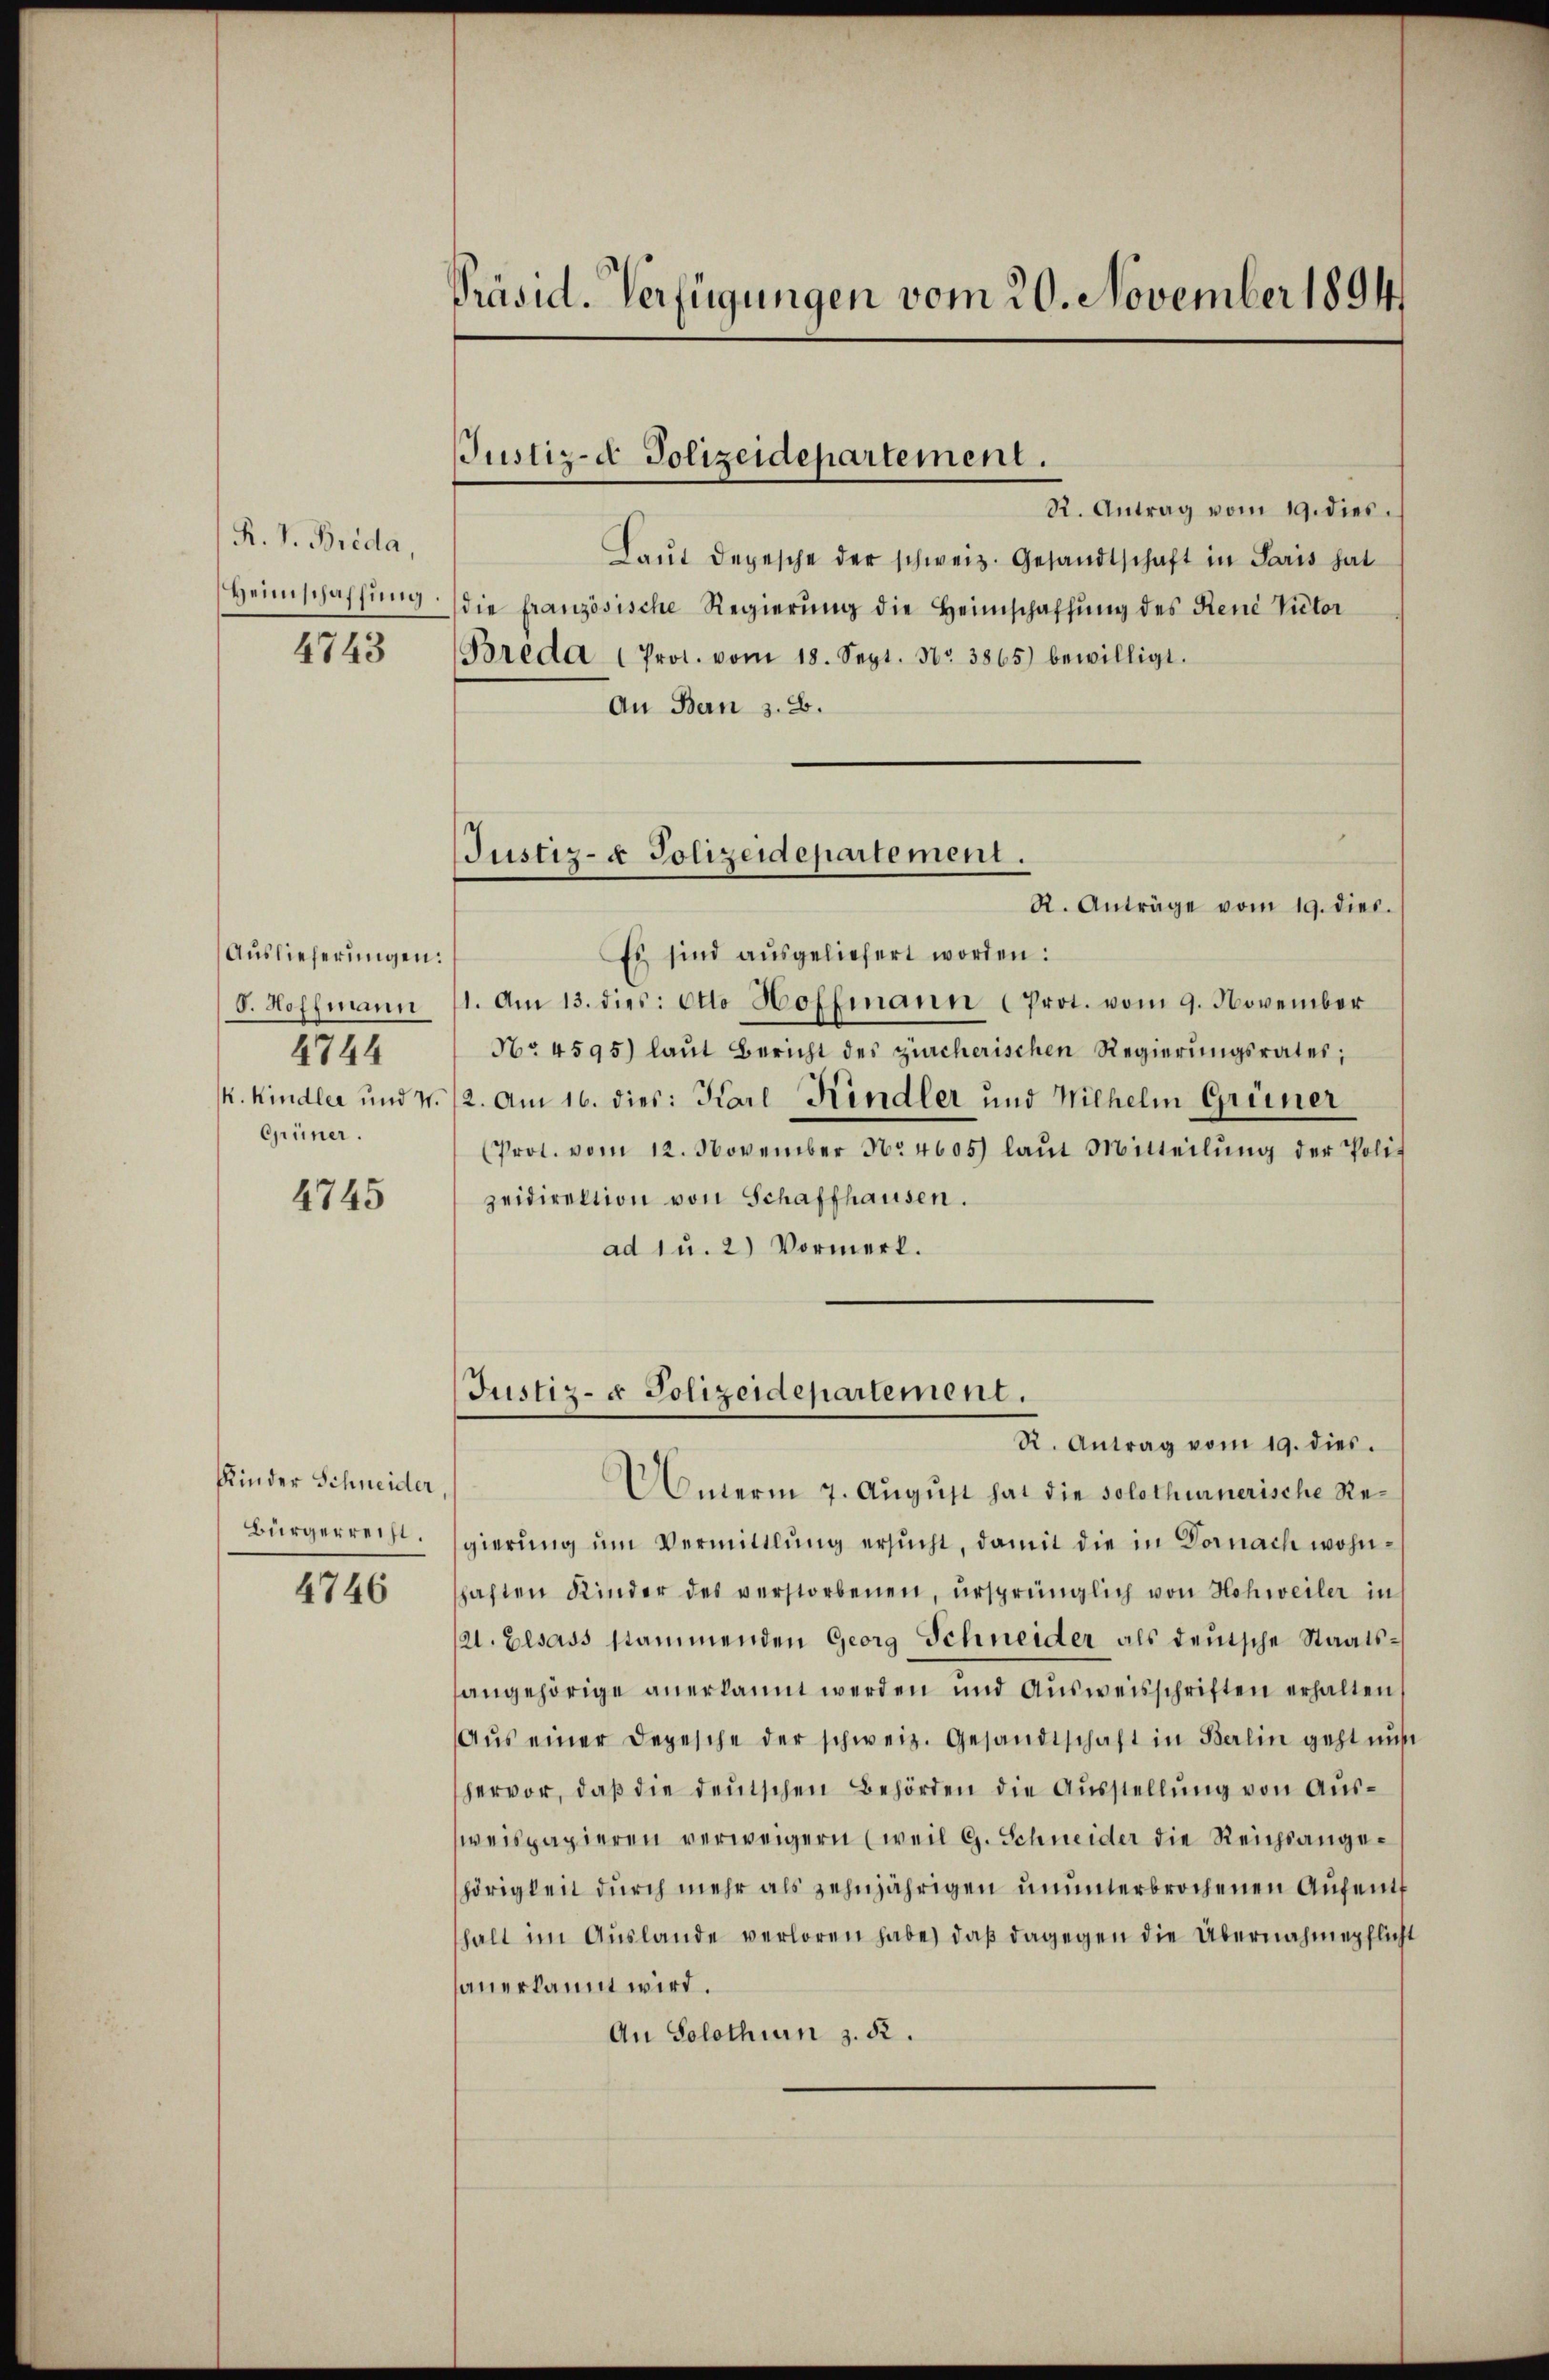
R. V. Brida,
Heimschaffung.

4743

Auslieferungen:
O. Hoffmann
4744
k. Kindler und 7.
Grümer.

4745

Kinder Schneider,
bürgerrecht.

4746

Präsid. Verfügungen vom 20. November 1894

JJustiz-d Polizeidepartement.

Justiz- & Polizeidepartement.
R. Anträge vom 19. dies.

R. Antrag vom 19. dies.
Laŭt depesche der schweiz. Gesandtschaft in Paris hat
die französische Regierung die Heimschaffung des René Victor
Breda (Prot. vom 18. Sept. Nr. 3865) bewilligt.
An Bern s. 8.
Es sind aŭsgeliefert worden:
1. Am 13. dies: Otto Hoffmann (Prot. vom 9. November
No. 4595) laŭt Bericht des zürcherischen Regierŭngsrates;
2. Am 16. dies: Karl Kindler und Wilhelm Grüner
(Prol. vom 12. November No 4605) laut Mitteilŭng der Polit
zeidirektion von Schaffhausen.
ad 1 u. 2) Vormerk.
Justiz- & Polizeidepartement.
R. Antrag vom 19. dies.
Unterm 7. August hat die solothurnerische Regierŭng ŭm Vermittlung ersŭcht, damit die in Vornach wohnschaften Kinder des verstorbenen, ursprünglich von Hohweiler in
21. Elsass stammenden Georg Schneider als deutsche Staatsangehörige anerkannt werden und Ausweisschriften erhalten
Aŭs einer Depesche der schweiz. Gesandtschaft in Berlin geht nun
hervor, daß die deutschen Behörden die Ausstellung von Ausweispapieren verweigern (weil G. Schneider die Reichsangehörigkeit durch mehr als zehnjährigen ununterbrochenen Aufenthalt im Auslande verloren habe, daβ dagegen die Übernahmepflicht
anerkannt wird.
An Solothurn z. 52.